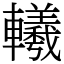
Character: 𨏢